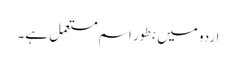
اردو میں بطور اسم مستعمل ہے۔